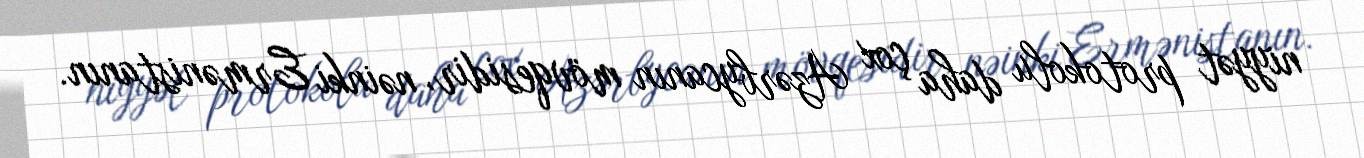
niyyət protokolu daha çox Azərbycanın mövqesidir, nəinki Ermənistanın.